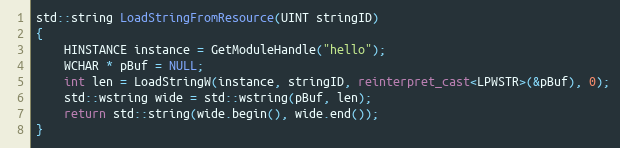
Language: C++
std::string LoadStringFromResource(UINT stringID)
{
    HINSTANCE instance = GetModuleHandle("hello");
    WCHAR * pBuf = NULL;
    int len = LoadStringW(instance, stringID, reinterpret_cast<LPWSTR>(&pBuf), 0);
    std::wstring wide = std::wstring(pBuf, len);
    return std::string(wide.begin(), wide.end());
}